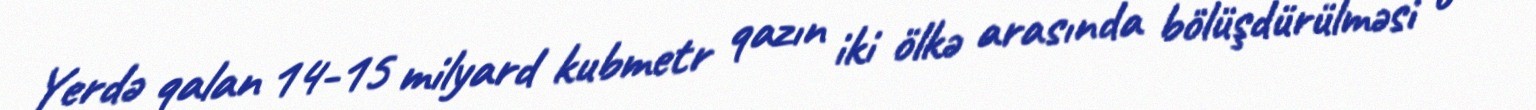
Yerdə qalan 14-15 milyard kubmetr qazın iki ölkə arasında bölüşdürülməsi o